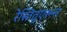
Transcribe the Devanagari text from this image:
रेस्तितुएरुन्त